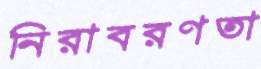
নিরাবরণতা